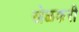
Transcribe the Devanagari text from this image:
खेळकरी